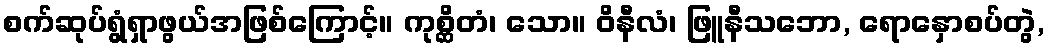
စက်ဆုပ်ရွံရှာဖွယ်အဖြစ်ကြောင့်။ ကုစ္ဆိတံ၊ သော။ ဝိနီလံ၊ ဖြူနီသဘော, ရောနှောစပ်တွဲ,